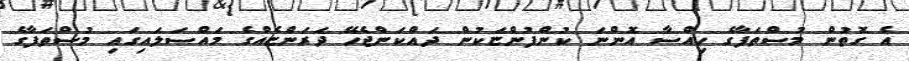
އެ ގޮތުން މުސްތަފާގެ ހިއްސާ އޮންނަ ކުންފުންޏަކުން ދައްކަންޖެހޭ ދަރަންޏެއްގެ މައްސަލައިގައި މުސްތަފާގެ